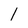
Character: I